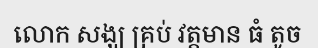
លោក សង្ឃ គ្រប់ វត្តមាន ធំ តូច